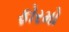
ફોરમો